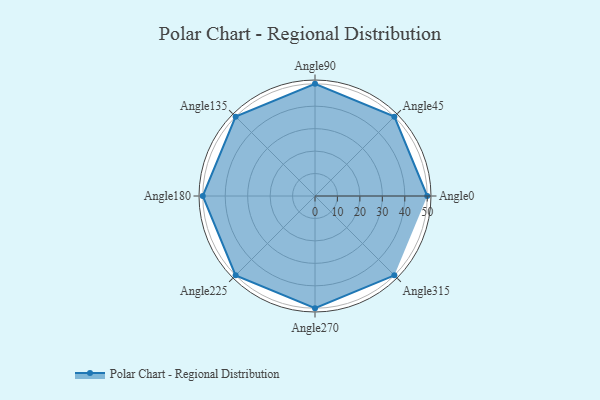
{"axis": {"x": "Angle", "y": "Radius"}, "legend": [""], "data": [{"x": "Angle0", "y": 50.0, "type": ""}, {"x": "Angle45", "y": 50, "type": ""}, {"x": "Angle90", "y": 50, "type": ""}, {"x": "Angle135", "y": 50, "type": ""}, {"x": "Angle180", "y": 50, "type": ""}, {"x": "Angle225", "y": 50, "type": ""}, {"x": "Angle270", "y": 50, "type": ""}, {"x": "Angle315", "y": 50, "type": ""}]}